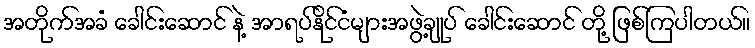
အတိုက်အခံ ခေါင်းဆောင် နဲ့ အာရပ်နိုင်ငံများအဖွဲ့ချုပ် ခေါင်းဆောင် တို့ ဖြစ်ကြပါတယ်။